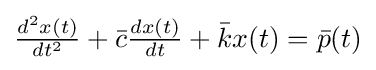
{\textstyle {\frac {d^{2}x(t)}{dt^{2}}}+{\bar {c}}{\frac {dx(t)}{dt}}+{\bar {k}}x(t)={\bar {p}}(t)}